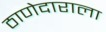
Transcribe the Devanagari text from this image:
ठाणेदाराला